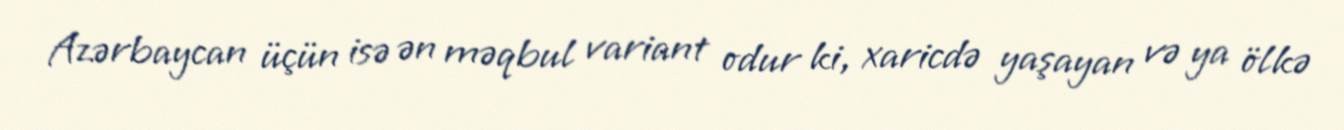
Azərbaycan üçün isə ən məqbul variant odur ki, xaricdə yaşayan və ya ölkə